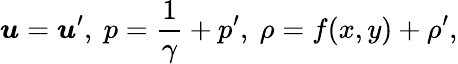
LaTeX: \boldsymbol{u}=\boldsymbol{u}^{\prime},~p=\frac{1}{\gamma}+p^{\prime},~\rho=f(x,y)+\rho^{\prime},